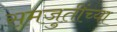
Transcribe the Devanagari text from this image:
समजुतींच्या